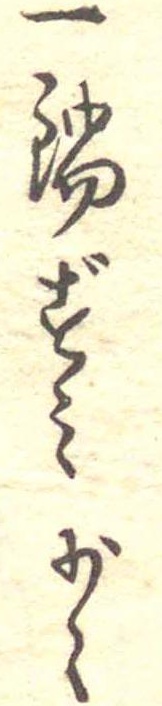
一鍋ずみ少々